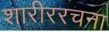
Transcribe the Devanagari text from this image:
शारीररचना